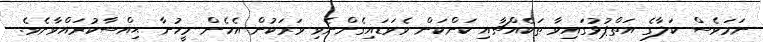
ނަަމަވެސް ކަލާގެ އަތްޕުޅުގައިވާ ތަކެއްޗާއި ކަންކަން ވެވަޑައިގެންނެވި ވަރަކުން އެހެން މީހުނާ ޙިއްސާކުރައްވާށެވެ.